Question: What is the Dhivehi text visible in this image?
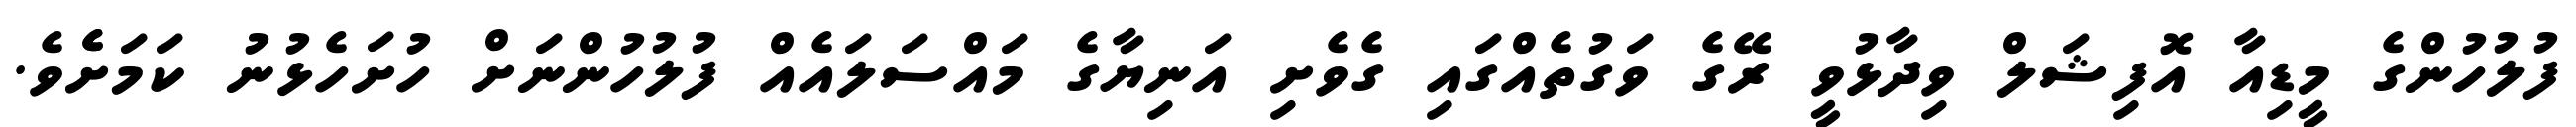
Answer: ފުލުހުންގެ މީޑިއާ އޮފިޝަލް ވިދާޅުވީ ރޭގެ ވަގުތެއްގައި ގެވެށި އަނިޔާގެ މައްސަލައެއް ފުލުހުންނަށް ހުށަހެޅުނު ކަމަށެެވެ.